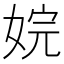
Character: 㛡